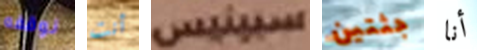
نوقفه أنت سبينيس جثتين أنا